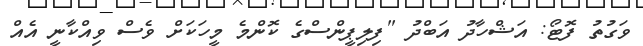
ވަގުތު ފޮޓޯ: އަޝްހާދު އަބްދު "ފިލިޕީންސްގެ ކޮންމެ މީހަކަށް ވެސް ވިއްކާނީ އެއް